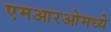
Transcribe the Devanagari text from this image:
एमआरओमध्ये